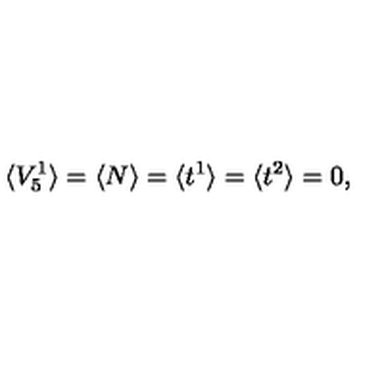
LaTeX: \langle V _ { 5 } ^ { 1 } \rangle = \langle N \rangle = \langle t ^ { 1 } \rangle = \langle t ^ { 2 } \rangle = 0 ,